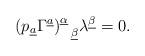
LaTeX: \begin{align*}(p_{\underline a}\Gamma^{\underline a})^{\underline\alpha}_{~~\underline\beta}\lambda^{\underline\beta}=0.\end{align*}